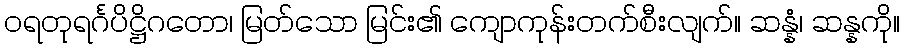
ဝရတုရင်္ဂပိဋ္ဌိဂတော၊ မြတ်သော မြင်း၏ ကျောကုန်းတက်စီးလျက်။ ဆန္နံ၊ ဆန္နကို။